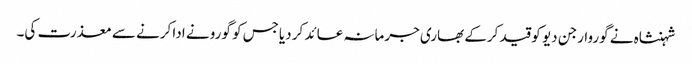
شہنشاہ نے گوروارجن دیو کو قید کرکے بھاری جرمانہ عائد کر دیاجس کو گورو نے ادا کرنے سے معذرت کی۔